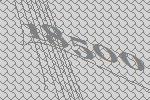
18500